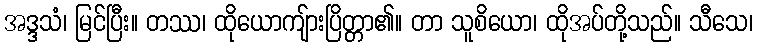
အဒ္ဒသံ၊ မြင်ပြီး။ တဿ၊ ထိုယောကျ်ားပြိတ္တာ၏။ တာ သူစိယော၊ ထိုအပ်တို့သည်။ သီသေ၊